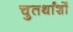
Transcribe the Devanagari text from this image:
चुतर्थांशों